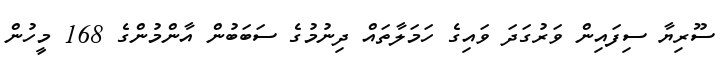
ސޫރިޔާ ސިފައިން ވަރުގަދަ ވައިގެ ހަމަލާތައް ދިނުމުގެ ސަބަބުން އާންމުންގެ 168 މީހުން